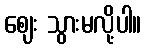
ဈေး သွားမလို့ပါ။